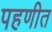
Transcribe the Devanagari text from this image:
पहणीत